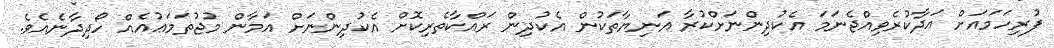
ފުރިހަމައަށް އަދާކުރެވިއްޖެނަމަ އެކުދިންނަށްކުރާ އަނިޔާތަކުން އެކުދިން ރައްކާތެރިކޮށް އެކުދިންނަށް އަމާން މުޖުތަމަޢުއެއް ހޯދިދާނެއެވެ.